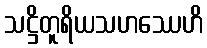
သဋ္ဌိတူရိယသဟဿေဟိ